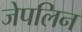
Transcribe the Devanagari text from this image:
जेपलिन